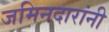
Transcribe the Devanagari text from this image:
जमिनदारांनी